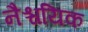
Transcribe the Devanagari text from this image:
नैश्चयिक